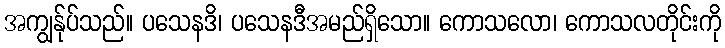
အကျွန်ုပ်သည်။ ပသေနဒိ၊ ပသေနဒီအမည်ရှိသော။ ကောသလော၊ ကောသလတိုင်းကို